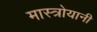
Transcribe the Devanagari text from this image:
मास्त्रोयानी